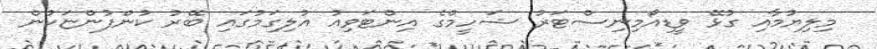
މިލިޔުމާއި ގުޅޭ ވީޑިއޯމިނިސްޓަރު ޝަހީމްގެ އިންޓަވިއު އުލިގަމުގައި ބޭރު ކުންފުންޏަކުން